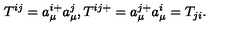
T ^ { i j } = a _ { \mu } ^ { i + } a _ { \mu } ^ { j } , T ^ { i j + } = a _ { \mu } ^ { j + } a _ { \mu } ^ { i } = T _ { j i } .